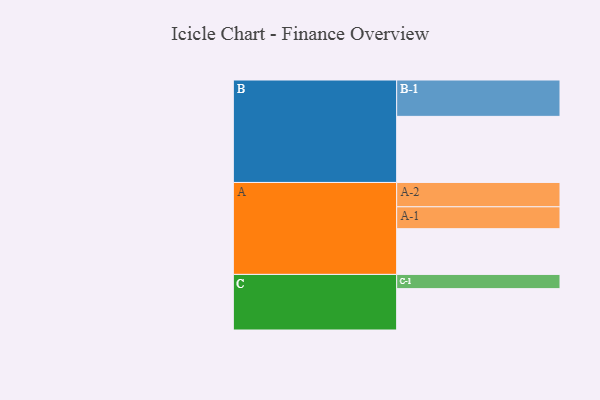
{"axis": {"x": "Segment", "y": "Value"}, "legend": ["", "A", "B", "C"], "data": [{"x": "A", "y": 357, "type": ""}, {"x": "B", "y": 516, "type": ""}, {"x": "C", "y": 323, "type": ""}, {"x": "A-1", "y": 171, "type": "A"}, {"x": "A-2", "y": 190, "type": "A"}, {"x": "B-1", "y": 284, "type": "B"}, {"x": "C-1", "y": 111, "type": "C"}]}